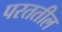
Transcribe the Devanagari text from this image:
परततील